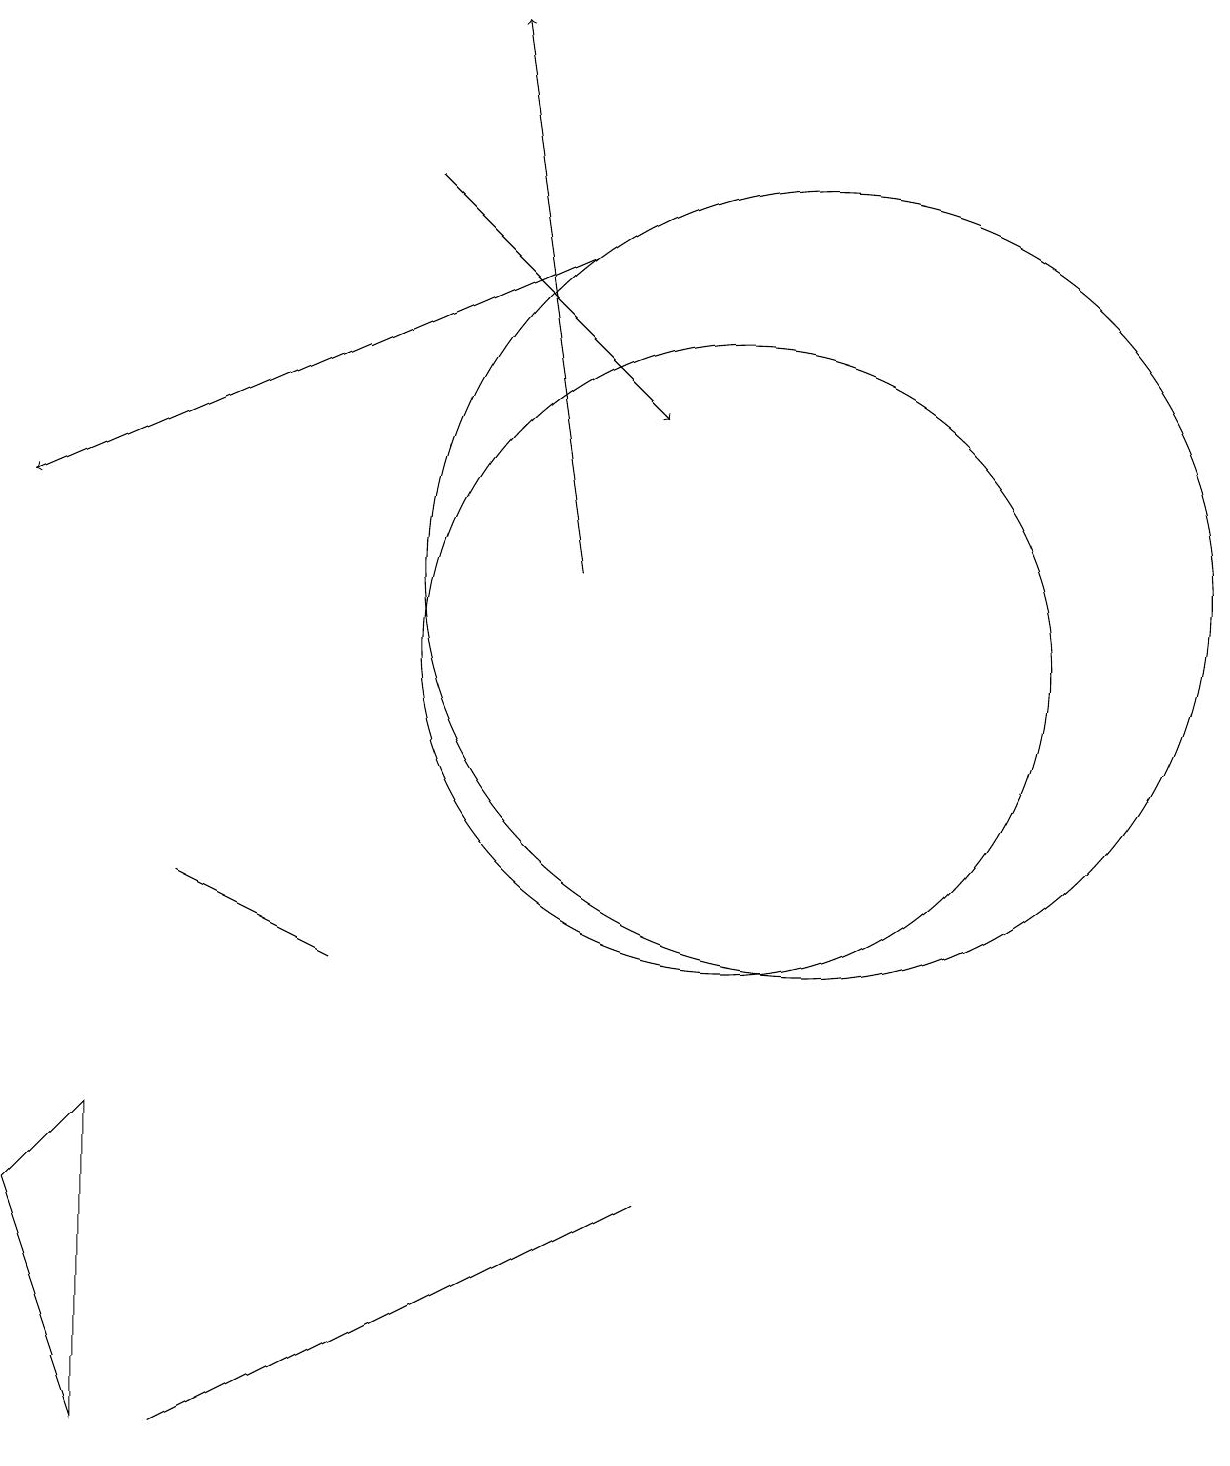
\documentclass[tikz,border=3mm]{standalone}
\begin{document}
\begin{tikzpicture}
\draw (10,10) circle (4);
\draw[->] (6,16) -- (9,13);
\draw[->] (8,11) -- (7,18);
\draw[->] (8,15) -- (1,12);
\draw (11,11) circle (5);
\draw (3,0) -- (9,3) -- (5,1) -- cycle;
\draw (2,4) -- (1,3) -- (2,0) -- cycle;
\draw (5,6) -- (5,6) -- (3,7) -- cycle;
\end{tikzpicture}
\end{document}